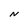
Character: N